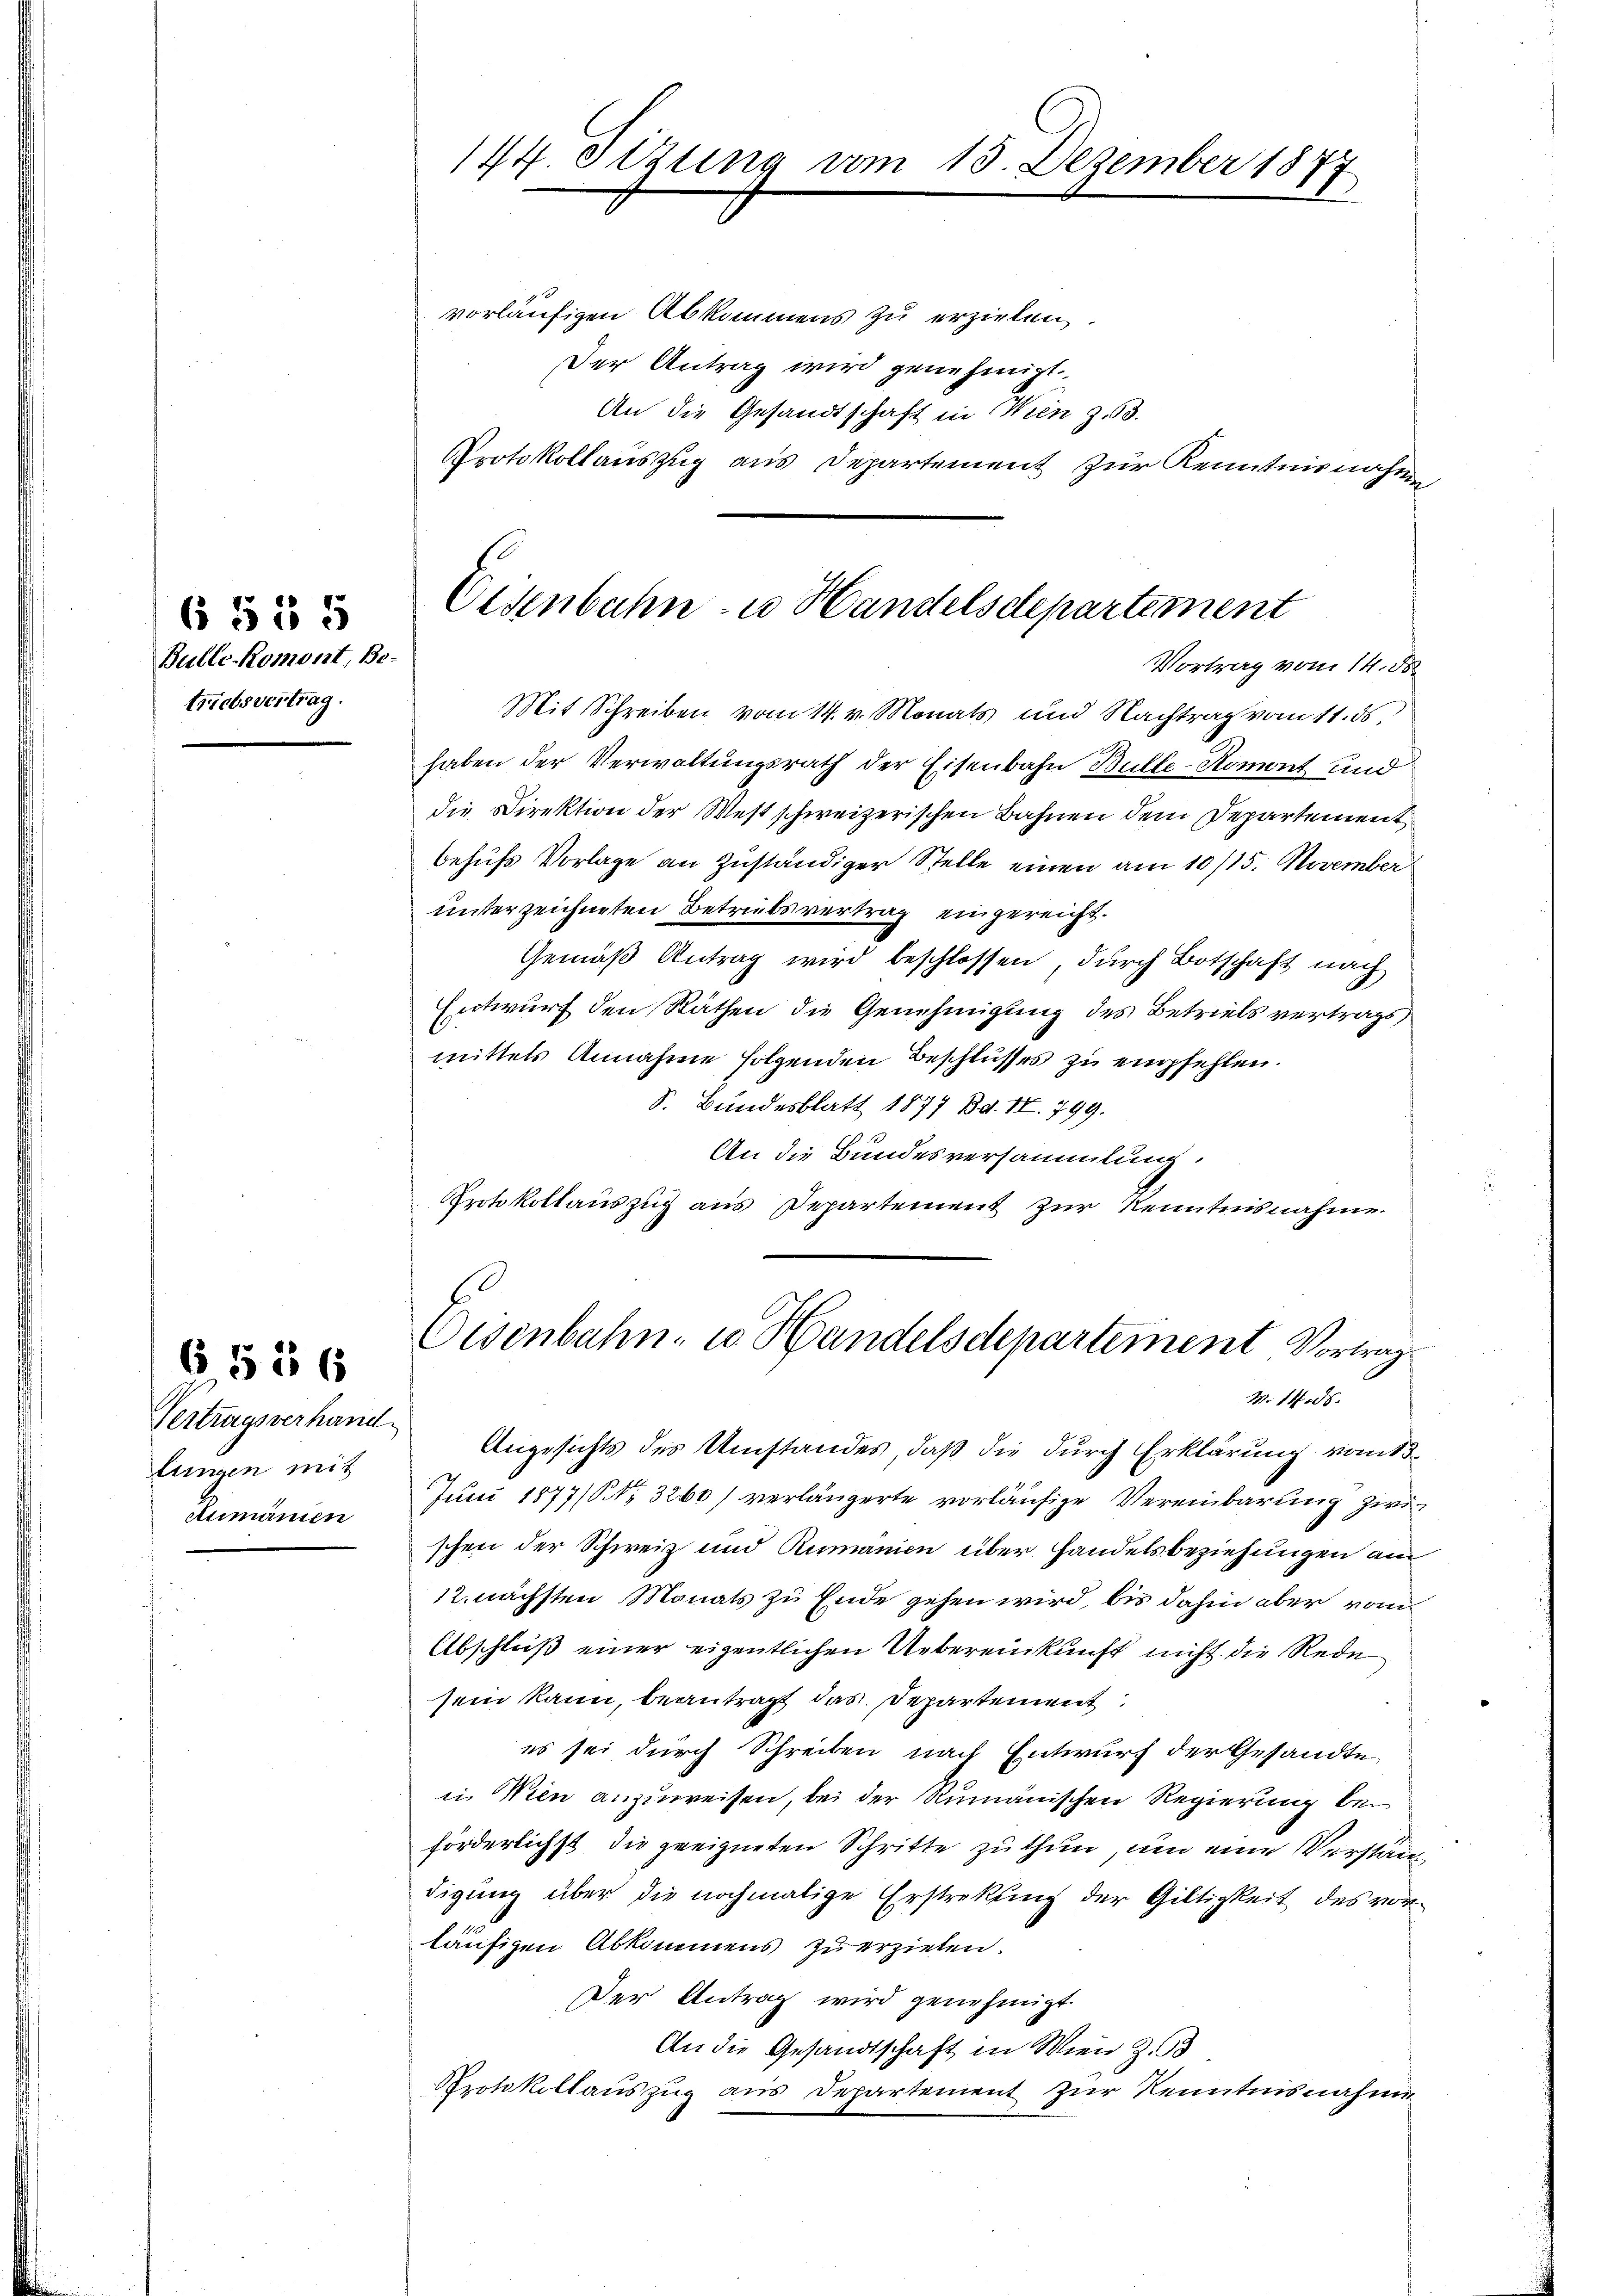
6 § 35
Bulle Romont, Be-
trictsvertrag.

Vertragsverhand
lungen mit
Aumannien

6 556

144. Sizung am 13. Dezember 1877
u

vorläufigen Abkommens zu erziehen,
Der Antrag wird genehmigt.
An die Gesandtschaft in Wien z. 63.
Protokollauszug aus Departement zur Kenntnisnahme

Eisenbahn- u Handelsdepartement
Vortrag vom 14. ds.

Mit Schreiben vom 14. v. Monats und Nachtrag vom 11. ds.
haben der Verwaltungsrath der Eisenbahn Bulle-Komont und
die Direktion der Westschweizerischen Bahnen dem Departement
behufs Vorlage an zuständiger Stelle einen am 10/15. November
unterzeichneten Betriebsvertrag eingereicht.
Gemäß Antrag wird beschlossen, durch Botschaft nach
Entwurf den Räthen die Genehmigung des Betriels vertrags
mittels Annahme folgenden Beschlusses zu empfehlen.
S. Bundesblatt 1877 Bd. II. 799.
An die Bundesversammlung.
Protokollauszug aus Departement zur Kenntnisnahme

Eisenbahn u Handelsdepartement Vortrags
M. 1408.

Angesichts des Umstandes, daß die durch Erklärung kant¬
Juni 1877/ No 3260) verlängerte vorläufige Vereinbarung zwi
schen der Schweiz und Rumanien über Handelsbeziehungen am
12. nächsten Monats zu Ende gehen wird, bis dahin aber vom
Abschluß einer eigentlichen Uebereinkunft nicht die Rede
sein kann, beantragt das Departement
es sei durch Schreiben nach Entwurf der Gesandte,
in Wien anzuweisen, bei der Rumänischen Regierung bei
förderlichst die geeigneten Schritte zu thun, um eine Verständigung über die nochmalige Erstrekung der Gültigkeit des vorläufigen Abkommens zu erziehen.
Der Antrag wird genehmigt
An die Gesandtschaft in Wien Z. 3
Protokollauszug aus Departement zur Kenntnisnahme